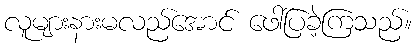
လူများနားမလည်အောင် ဖေါ်ပြခဲ့ကြသည်။